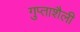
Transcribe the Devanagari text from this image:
गुप्ताशैली